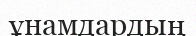
ұнамдардың